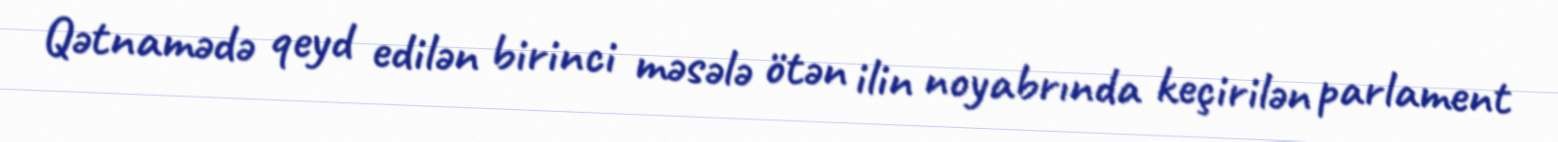
Qətnamədə qeyd edilən birinci məsələ ötən ilin noyabrında keçirilən parlament